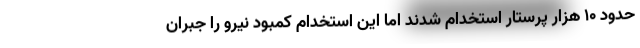
حدود ۱۰ هزار پرستار استخدام شدند اما این استخدام کمبود نیرو را جبران